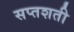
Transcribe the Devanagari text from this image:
सप्‍तशती